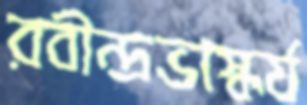
রবীন্দ্রভাস্কর্য